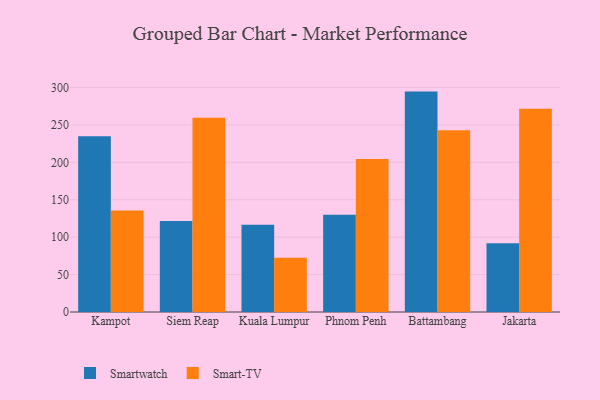
{"axis": {"x": "City", "y": "Revenue (USD Million)"}, "legend": ["Smart-TV", "Smartwatch"], "data": [{"x": "Kampot", "y": 234.8, "type": "Smartwatch"}, {"x": "Kampot", "y": 135.6, "type": "Smart-TV"}, {"x": "Siem Reap", "y": 121.7, "type": "Smartwatch"}, {"x": "Siem Reap", "y": 259.7, "type": "Smart-TV"}, {"x": "Kuala Lumpur", "y": 116.7, "type": "Smartwatch"}, {"x": "Kuala Lumpur", "y": 72.6, "type": "Smart-TV"}, {"x": "Phnom Penh", "y": 130.0, "type": "Smartwatch"}, {"x": "Phnom Penh", "y": 204.5, "type": "Smart-TV"}, {"x": "Battambang", "y": 294.5, "type": "Smartwatch"}, {"x": "Battambang", "y": 242.8, "type": "Smart-TV"}, {"x": "Jakarta", "y": 91.7, "type": "Smartwatch"}, {"x": "Jakarta", "y": 271.7, "type": "Smart-TV"}]}